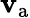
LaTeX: \mathbf{v}_{\mathrm{{a}}}